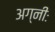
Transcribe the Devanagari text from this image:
अग्नीः